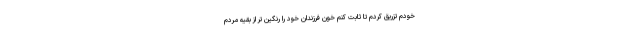
خودم تزریق کردم تا ثابت کنم خون فرزندان خود را رنگین تر از بقیه مردم